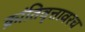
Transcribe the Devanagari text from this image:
क्रांतिवृत्तावरच